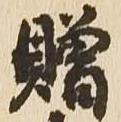
贈